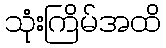
သုံးကြိမ်အထိ